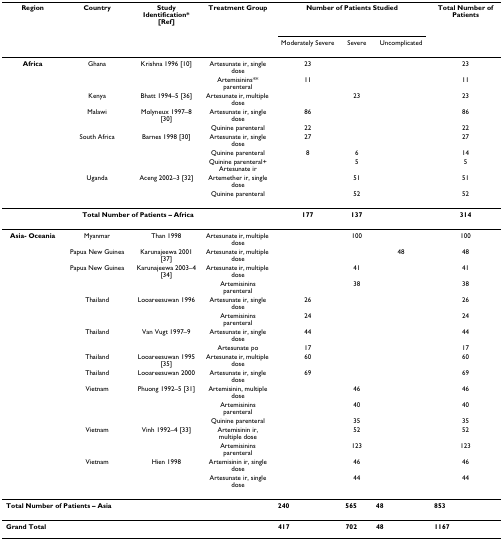
<table><thead><tr><td><b>Region</b></td><td><b>Country</b></td><td><b>Study Identification* [Ref]</b></td><td><b>Treatment Group</b></td><td colspan="3"><b>Number of Patients Studied</b></td><td><b>Total Number of Patients</b></td></tr><tr><td>[EMPTY_CELL]</td><td>[EMPTY_CELL]</td><td>[EMPTY_CELL]</td><td>[EMPTY_CELL]</td><td><b>Moderately Severe</b></td><td><b>Severe</b></td><td><b>Uncomplicated</b></td><td>[EMPTY_CELL]</td></tr></thead><tbody><tr><td><b>Africa</b></td><td>Ghana</td><td>Krishna 1996 [10]</td><td>Artesunate ir, single dose</td><td>23</td><td>[EMPTY_CELL]</td><td>[EMPTY_CELL]</td><td>23</td></tr><tr><td>[EMPTY_CELL]</td><td>[EMPTY_CELL]</td><td>[EMPTY_CELL]</td><td>Artemisinins** parenteral</td><td>11</td><td>[EMPTY_CELL]</td><td>[EMPTY_CELL]</td><td>11</td></tr><tr><td>[EMPTY_CELL]</td><td>Kenya</td><td>Bhatt 1994–5 [36]</td><td>Artesunate ir, multiple dose</td><td>[EMPTY_CELL]</td><td>23</td><td>[EMPTY_CELL]</td><td>23</td></tr><tr><td>[EMPTY_CELL]</td><td>Malawi</td><td>Molyneux 1997–8 [30]</td><td>Artesunate ir, single dose</td><td>86</td><td>[EMPTY_CELL]</td><td>[EMPTY_CELL]</td><td>86</td></tr><tr><td>[EMPTY_CELL]</td><td>[EMPTY_CELL]</td><td>[EMPTY_CELL]</td><td>Quinine parenteral</td><td>22</td><td>[EMPTY_CELL]</td><td>[EMPTY_CELL]</td><td>22</td></tr><tr><td>[EMPTY_CELL]</td><td>South Africa</td><td>Barnes 1998 [30]</td><td>Artesunate ir, single dose</td><td>27</td><td>[EMPTY_CELL]</td><td>[EMPTY_CELL]</td><td>27</td></tr><tr><td>[EMPTY_CELL]</td><td>[EMPTY_CELL]</td><td>[EMPTY_CELL]</td><td>Quinine parenteral</td><td>8</td><td>6</td><td>[EMPTY_CELL]</td><td>14</td></tr><tr><td>[EMPTY_CELL]</td><td>[EMPTY_CELL]</td><td>[EMPTY_CELL]</td><td>Quinine parenteral+ Artesunate ir</td><td>[EMPTY_CELL]</td><td>5</td><td>[EMPTY_CELL]</td><td>5</td></tr><tr><td>[EMPTY_CELL]</td><td>Uganda</td><td>Aceng 2002–3 [32]</td><td>Artemether ir, single dose</td><td>[EMPTY_CELL]</td><td>51</td><td>[EMPTY_CELL]</td><td>51</td></tr><tr><td>[EMPTY_CELL]</td><td>[EMPTY_CELL]</td><td>[EMPTY_CELL]</td><td>Quinine parenteral</td><td>[EMPTY_CELL]</td><td>52</td><td>[EMPTY_CELL]</td><td>52</td></tr><tr><td colspan="4"><b>Total Number of Patients – Africa</b></td><td><b>177</b></td><td><b>137</b></td><td>[EMPTY_CELL]</td><td><b>314</b></td></tr><tr><td><b>Asia- Oceania</b></td><td>Myanmar</td><td>Than 1998</td><td>Artesunate ir, multiple dose</td><td>[EMPTY_CELL]</td><td>100</td><td>[EMPTY_CELL]</td><td>100</td></tr><tr><td>[EMPTY_CELL]</td><td>Papua New Guinea</td><td>Karunajeewa 2001 [37]</td><td>Artesunate ir, multiple dose</td><td>[EMPTY_CELL]</td><td>[EMPTY_CELL]</td><td>48</td><td>48</td></tr><tr><td>[EMPTY_CELL]</td><td>Papua New Guinea</td><td>Karunajeewa 2003–4 [34]</td><td>Artesunate ir, multiple dose</td><td>[EMPTY_CELL]</td><td>41</td><td>[EMPTY_CELL]</td><td>41</td></tr><tr><td>[EMPTY_CELL]</td><td>[EMPTY_CELL]</td><td>[EMPTY_CELL]</td><td>Artemisinins parenteral</td><td>[EMPTY_CELL]</td><td>38</td><td>[EMPTY_CELL]</td><td>38</td></tr><tr><td>[EMPTY_CELL]</td><td>Thailand</td><td>Looareesuwan 1996</td><td>Artesunate ir, single dose</td><td>26</td><td>[EMPTY_CELL]</td><td>[EMPTY_CELL]</td><td>26</td></tr><tr><td>[EMPTY_CELL]</td><td>[EMPTY_CELL]</td><td>[EMPTY_CELL]</td><td>Artemisinins parenteral</td><td>24</td><td>[EMPTY_CELL]</td><td>[EMPTY_CELL]</td><td>24</td></tr><tr><td>[EMPTY_CELL]</td><td>Thailand</td><td>Van Vugt 1997–9</td><td>Artesunate ir, single dose</td><td>44</td><td>[EMPTY_CELL]</td><td>[EMPTY_CELL]</td><td>44</td></tr><tr><td>[EMPTY_CELL]</td><td>[EMPTY_CELL]</td><td>[EMPTY_CELL]</td><td>Artesunate po</td><td>17</td><td>[EMPTY_CELL]</td><td>[EMPTY_CELL]</td><td>17</td></tr><tr><td>[EMPTY_CELL]</td><td>Thailand</td><td>Looareesuwan 1995 [35]</td><td>Artesunate ir, multiple dose</td><td>60</td><td>[EMPTY_CELL]</td><td>[EMPTY_CELL]</td><td>60</td></tr><tr><td>[EMPTY_CELL]</td><td>Thailand</td><td>Looareesuwan 2000</td><td>Artesunate ir, single dose</td><td>69</td><td>[EMPTY_CELL]</td><td>[EMPTY_CELL]</td><td>69</td></tr><tr><td>[EMPTY_CELL]</td><td>Vietnam</td><td>Phuong 1992–5 [31]</td><td>Artemisinin, multiple dose</td><td>[EMPTY_CELL]</td><td>46</td><td>[EMPTY_CELL]</td><td>46</td></tr><tr><td>[EMPTY_CELL]</td><td>[EMPTY_CELL]</td><td>[EMPTY_CELL]</td><td>Artemisinins parenteral</td><td>[EMPTY_CELL]</td><td>40</td><td>[EMPTY_CELL]</td><td>40</td></tr><tr><td>[EMPTY_CELL]</td><td>[EMPTY_CELL]</td><td>[EMPTY_CELL]</td><td>Quinine parenteral</td><td>[EMPTY_CELL]</td><td>35</td><td>[EMPTY_CELL]</td><td>35</td></tr><tr><td>[EMPTY_CELL]</td><td>Vietnam</td><td>Vinh 1992–4 [33]</td><td>Artemisinin ir, multiple dose</td><td>[EMPTY_CELL]</td><td>52</td><td>[EMPTY_CELL]</td><td>52</td></tr><tr><td>[EMPTY_CELL]</td><td>[EMPTY_CELL]</td><td>[EMPTY_CELL]</td><td>Artemisinins parenteral</td><td>[EMPTY_CELL]</td><td>123</td><td>[EMPTY_CELL]</td><td>123</td></tr><tr><td>[EMPTY_CELL]</td><td>Vietnam</td><td>Hien 1998</td><td>Artemisinin ir, single dose</td><td>[EMPTY_CELL]</td><td>46</td><td>[EMPTY_CELL]</td><td>46</td></tr><tr><td>[EMPTY_CELL]</td><td>[EMPTY_CELL]</td><td>[EMPTY_CELL]</td><td>Artesunate ir, single dose</td><td>[EMPTY_CELL]</td><td>44</td><td>[EMPTY_CELL]</td><td>44</td></tr><tr><td colspan="4"><b>Total Number of Patients – Asia</b></td><td><b>240</b></td><td><b>565</b></td><td><b>48</b></td><td><b>853</b></td></tr><tr><td colspan="4"><b>Grand Total</b></td><td><b>417</b></td><td><b>702</b></td><td><b>48</b></td><td><b>1167</b></td></tr></tbody></table>